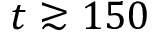
t \gtrsim 1 5 0